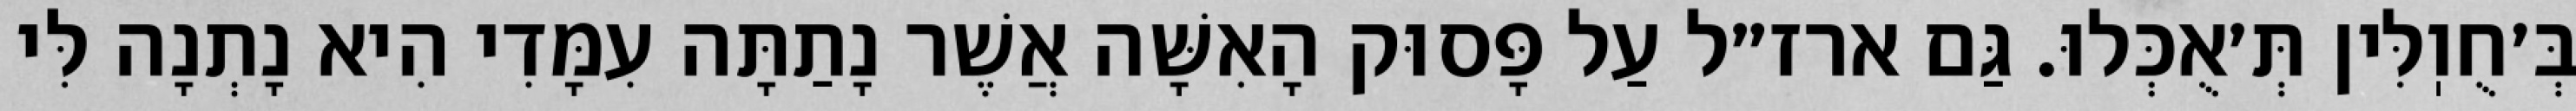
בְּ׳חֻוֽלִּין תְּ׳אֻכְּלוּ. גַּם ארז״ל עַל פָּסוּק הָאִשָּׁה אֲשֶׁר נָתַתָּה עִמָּדִי הִיא נָתְנָה לִּי